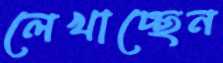
লেখাচ্ছেন